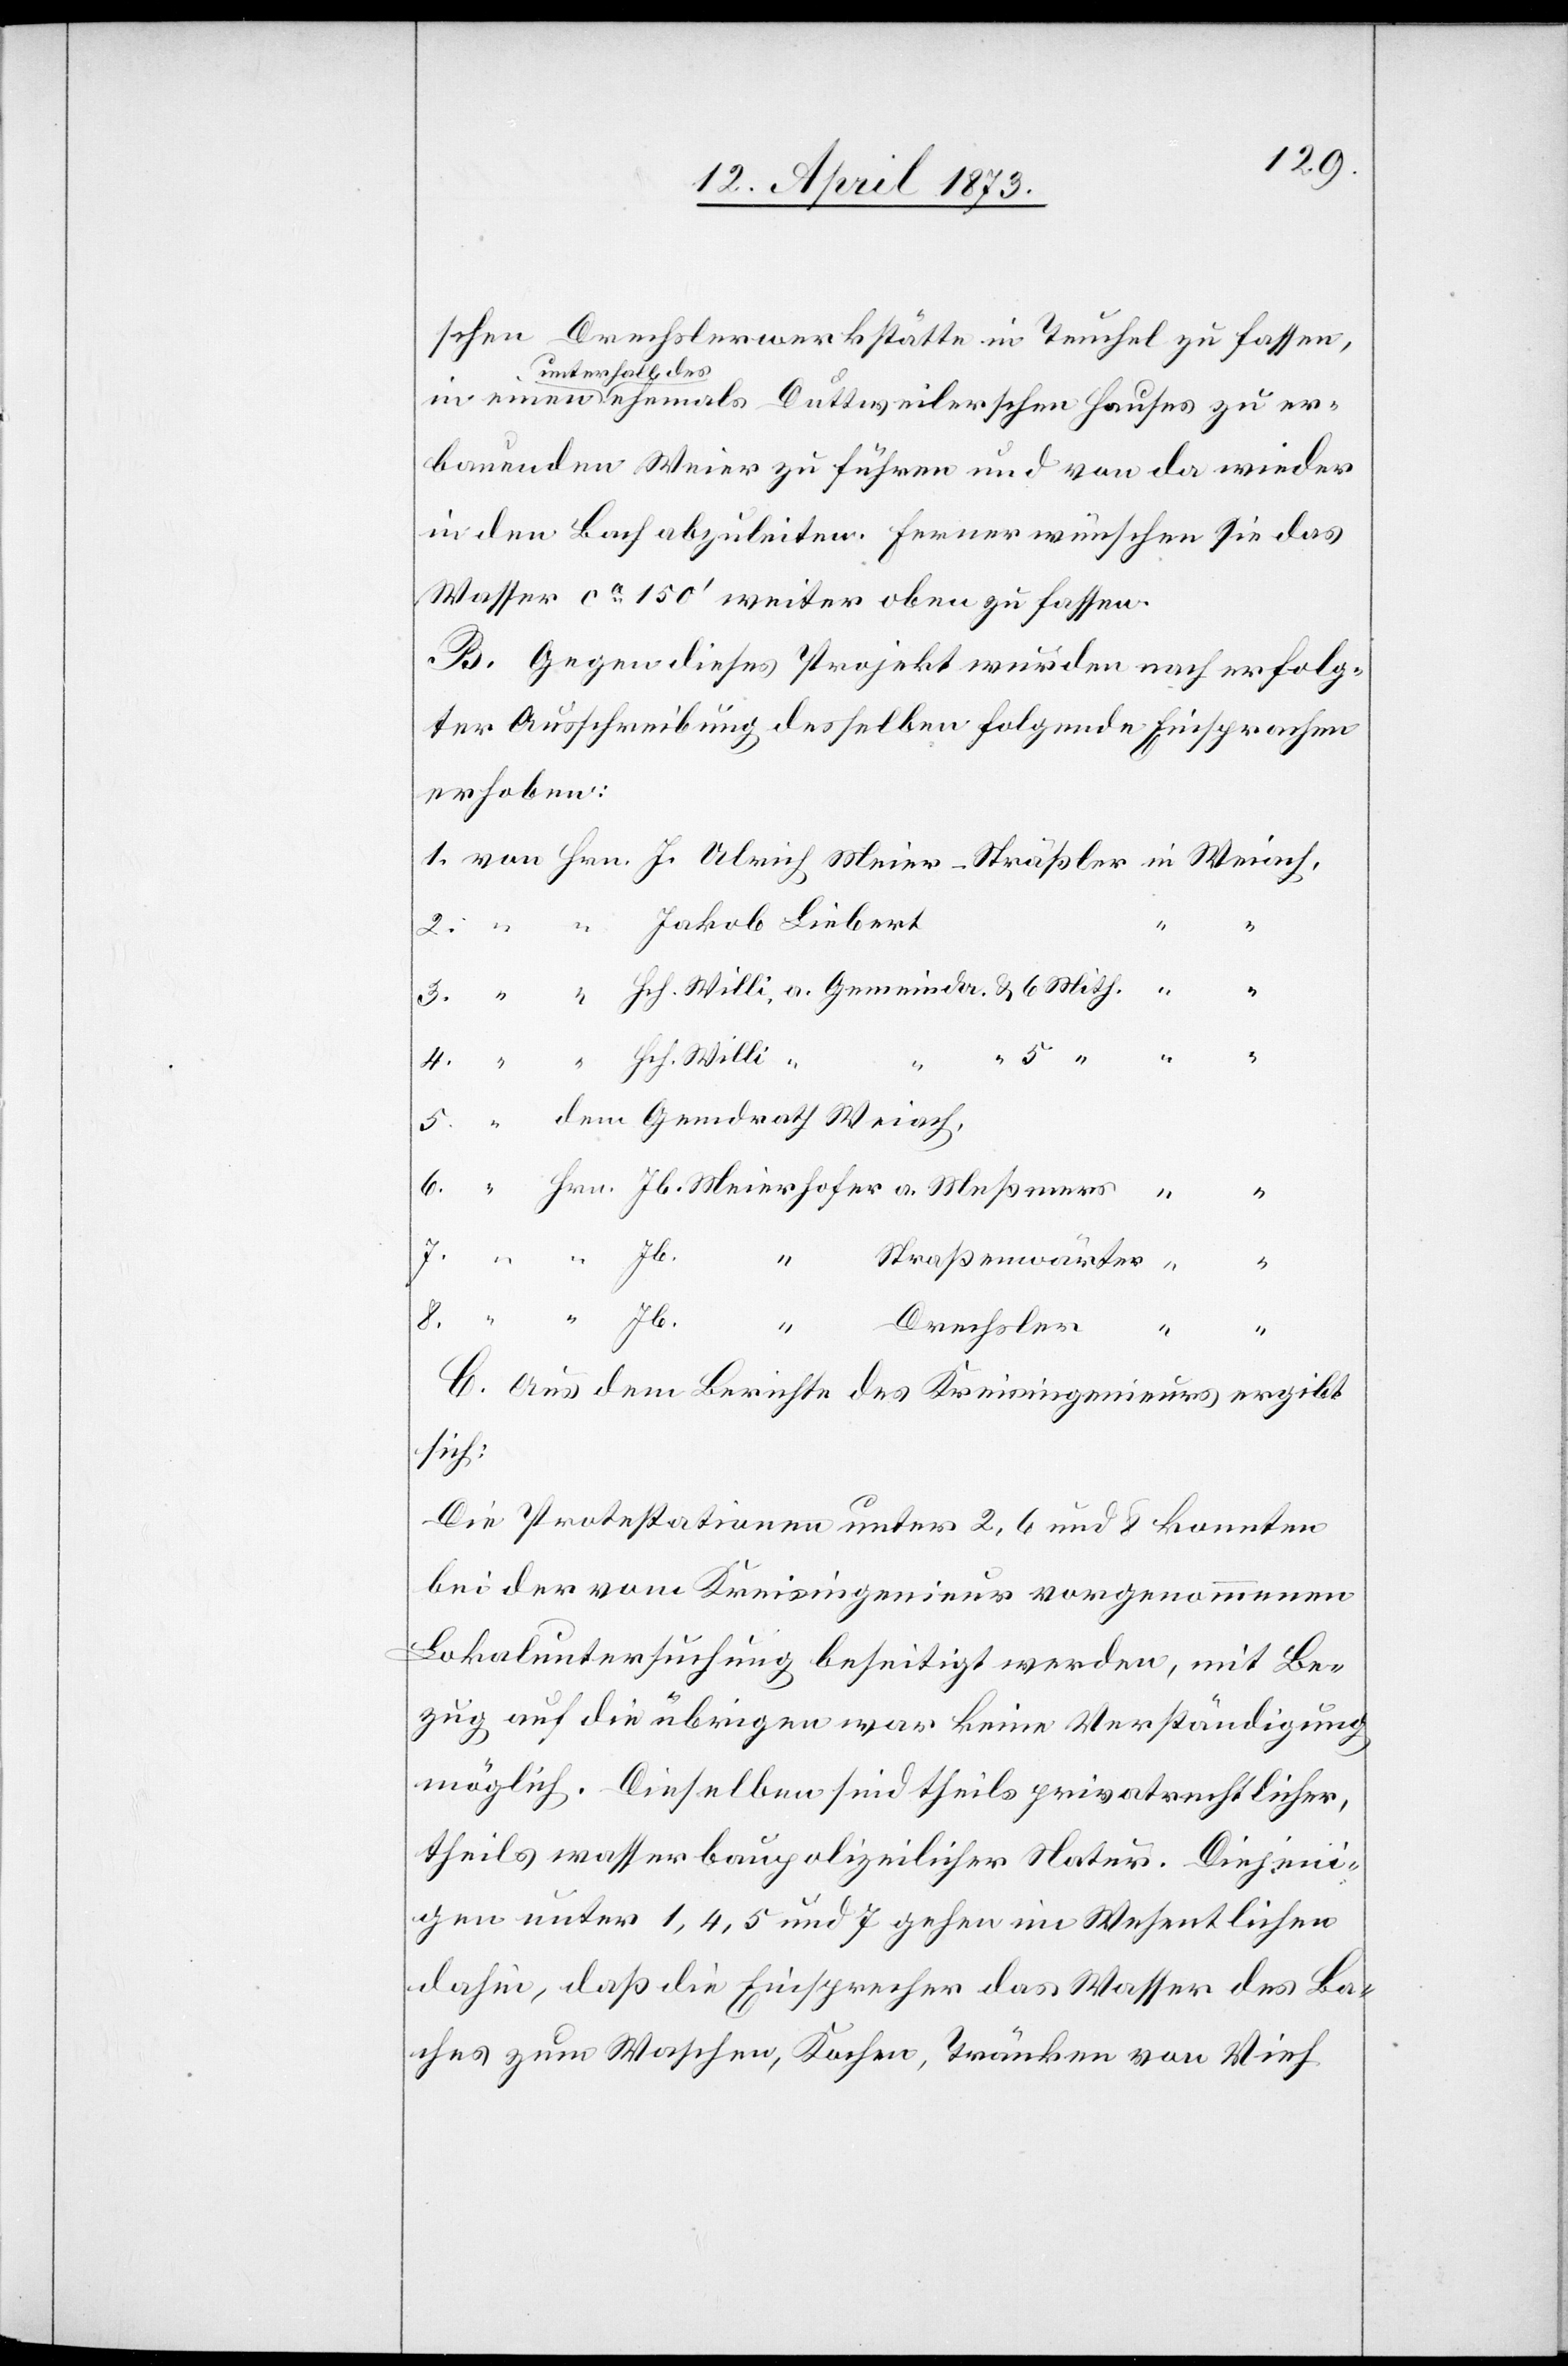
schen Drechslerwerkstätte in Teuchel zu fassen,
unterhalb des
erbauenden Weier zu führen und von da wieder
in den Bach abzuleiten. Ferner wünschen sie das
Wasser ca 150‘ weiter oben zu fassen.
B. Gegen dieses Projekt wurden nach erfolg¬
ter Ausschreibung desselben folgende Einsprachen
erhoben:
Straßenwärter
8.
C. Aus dem Berichte des Kreisingenieurs ergibt
sich:
Die Protestationen unter 2, 6 und 8 konnten
bei der vom Kreisingenieur vorgenommenen
Lokaluntersuchung beseitigt werden, mit Be¬
zug auf die übrigen war keine Verständigung
möglich. Dieselben sind theils privatrechtlicher,
theils wasserbaupolizeilicher Natur. Diejeni¬
gen unter 1, 4, 5 und 7 gehen im Wesentlichen
dahin, daß die Einsprecher das Wasser des Ba¬
ches zum Waschen, Kochen, Tränken von Vieh